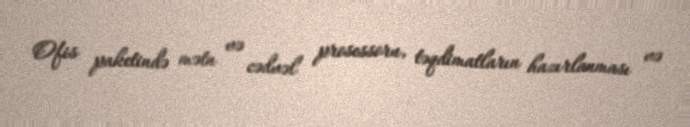
Ofis paketində mətn və cədvəl prosessoru, təqdimatların hazırlanması və